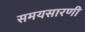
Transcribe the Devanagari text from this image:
समयसारणी